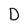
Character: D